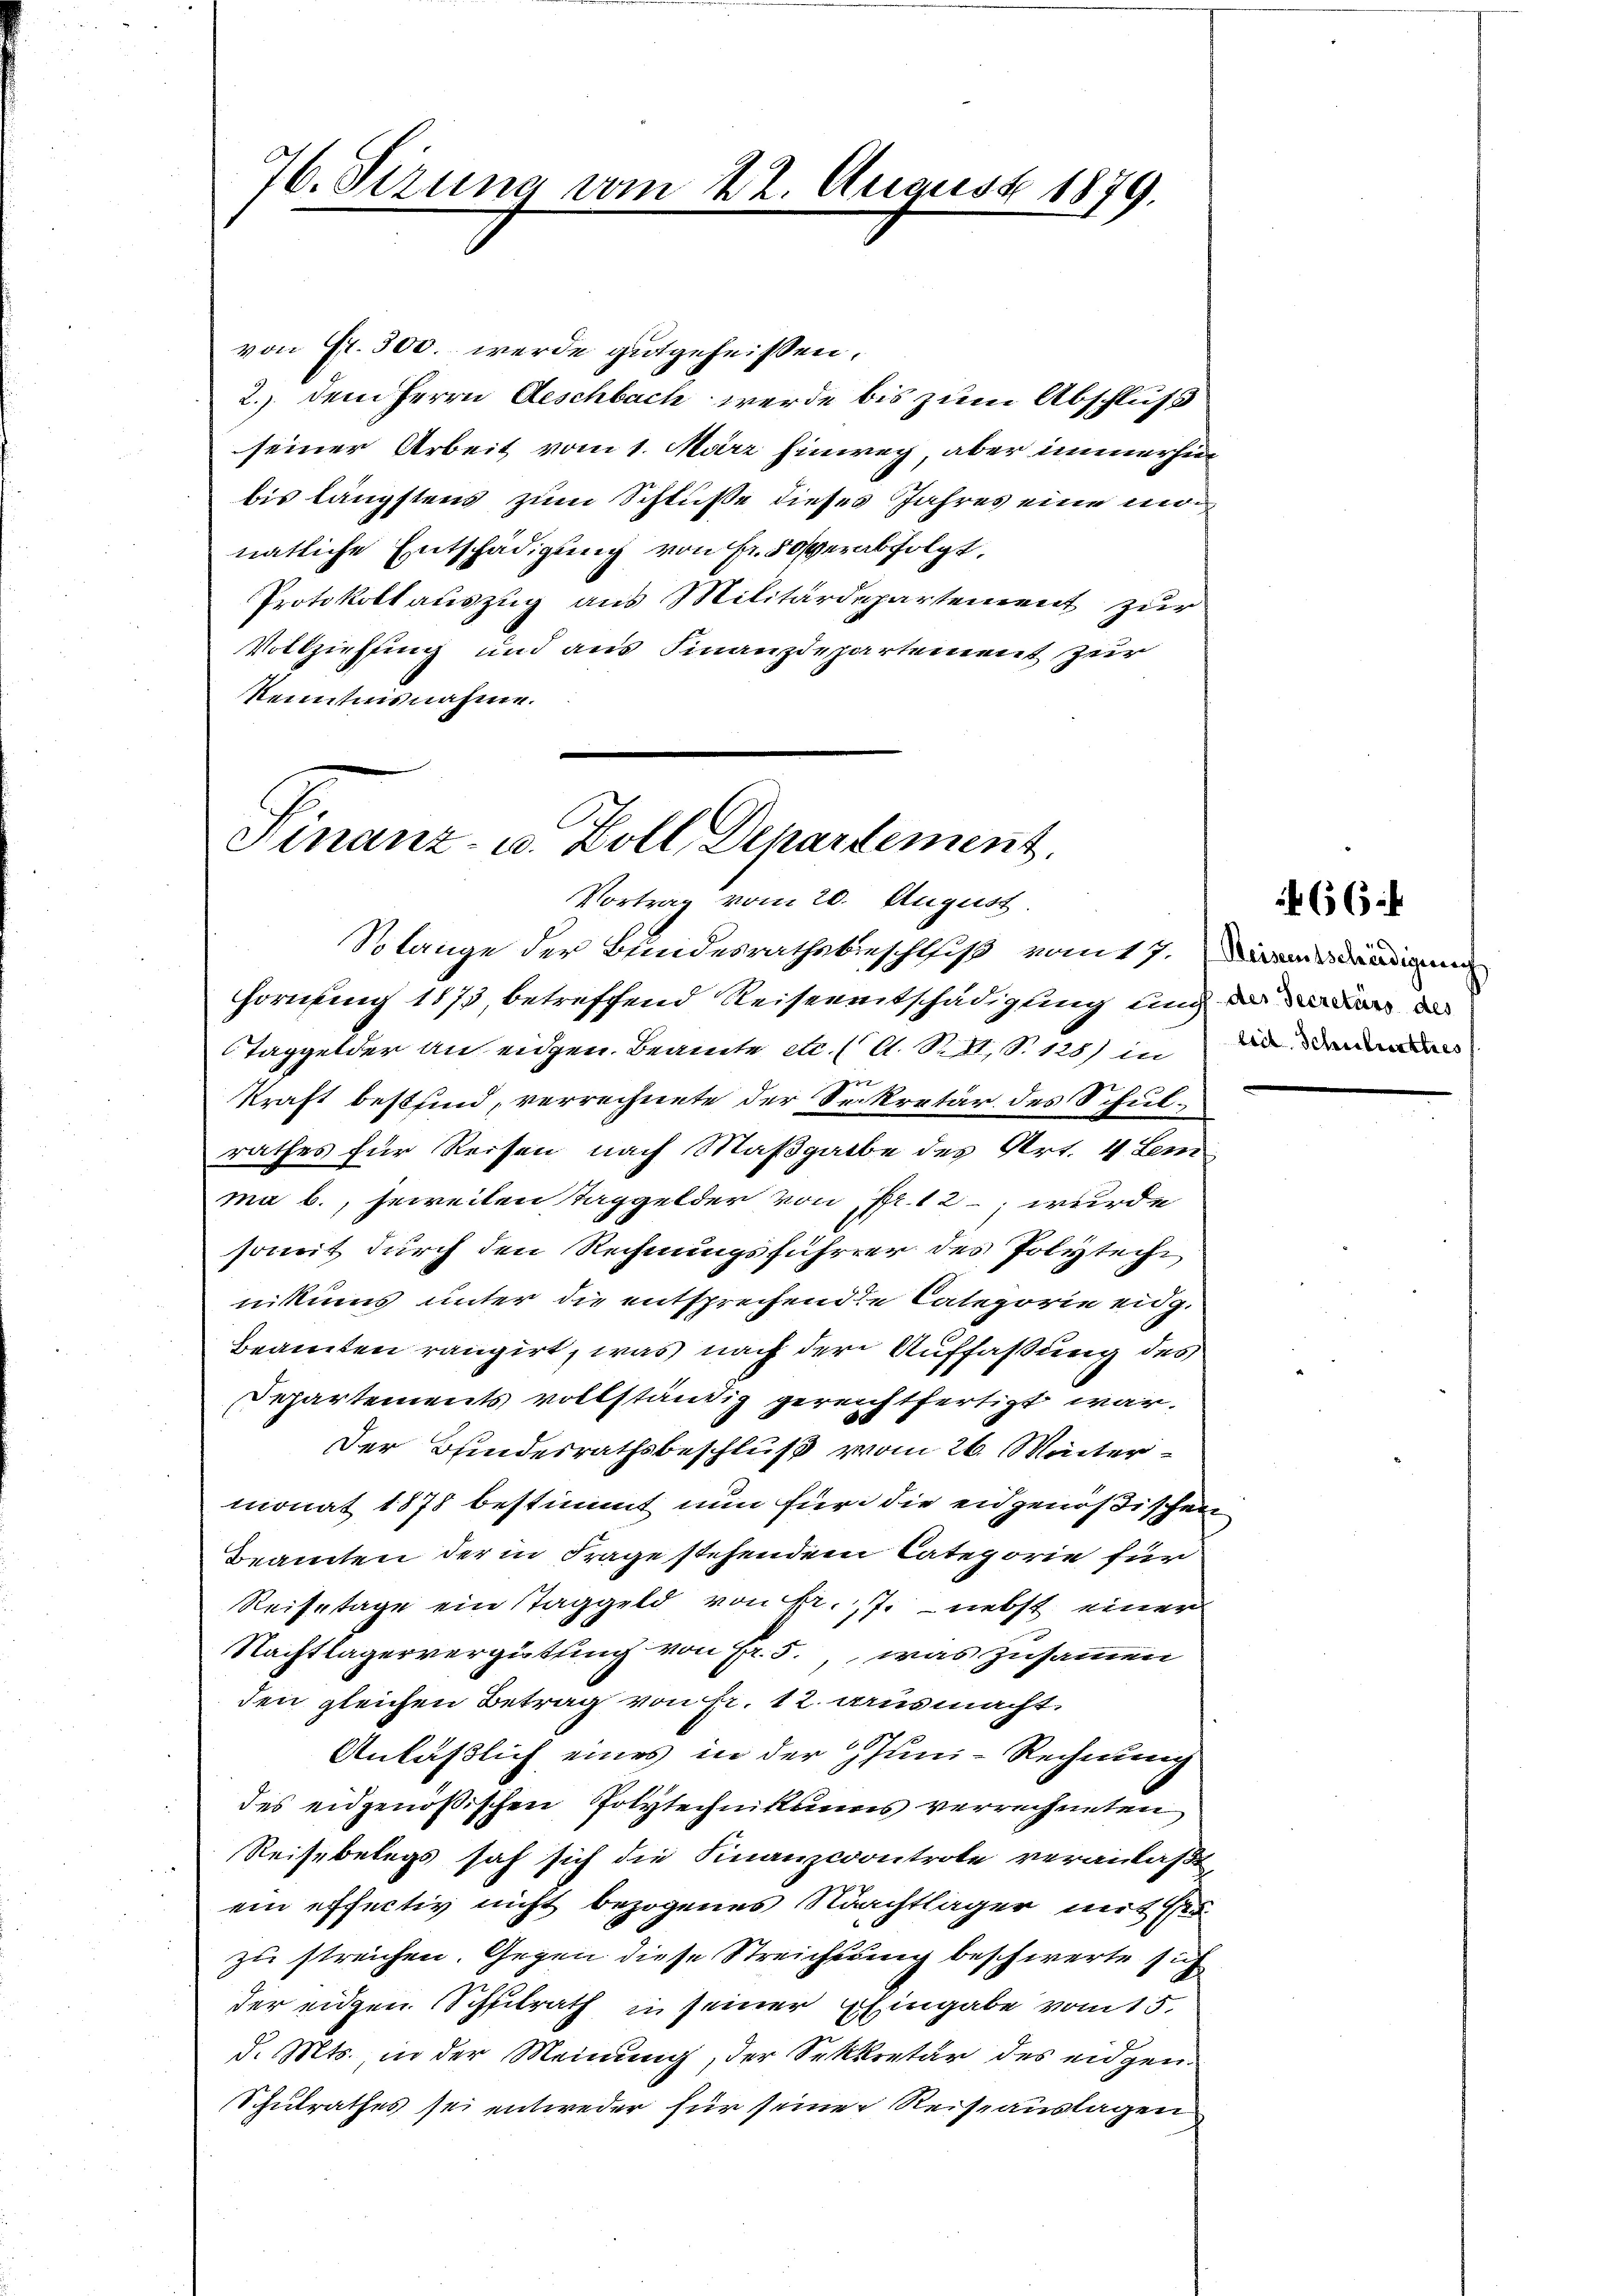
von Fr. 300. werde gutgeheissen.
2.) dem Herrn Aeschbach werde bis zum Abschluß
seiner Arbeit vom 1. März hinweg, aber immerhie
bis längstens zum Schluße dieses Jahres eine un
natliche Entschädigung von Fr. 50 verabfolgt.
Protokollauszug aus Militärdepartement zur
Vollziehung und aus Finanzdepartement zur
Kenntnisnahme.

76. Sizung vom 22. August 1879.

Finanz- u. Zoll Departement.
Vortrag vom 20. August.

Solange der Bundesrathsbeschluß vom 17. Dadigun
Hornung 1873, betreffend Reiseentschädigung und d
Taggelder an eidgen. Beamte etc. (A. R., S. 128) in die der
kraft best sind, verrechnete der Sekretär des Schulrathes für Reisen nach Maßgabe des Art. 4 Lemma b., jeweiten Taggelder von Fr. 12; wurde
somit durch den Rechnungsführer des Polyteche
nikums unter die entsprechende Categorie eidg.
Beamten rangirt, was nach der Auffaßung des
Separtements vollständig gereichtfertigt war.
Der Bundesrathsbeschluß vom 26. Weiter
monat 1878 bestimmt nun für die eidgenößischen
Beamten der in Frage stehendem Categorie für
Reisetage ein Taggeld von Fr. 7. nebst einer
Nachtlagervergütung von Fr. 5., was zusammen
den gleichen Betrag von Fr. 12. ausmacht
Anläßlich eines in der Juni-Rechnung
des eidgenössischen Polytechnikums verrechneten
Reisebelegs sah sich die Finanzcontrote veranlaßt,
ein effectiv nicht bezogenes Nachtlager mit Er
zu streichen. Gegen diese Streichtung beschwerte sich
der eidgen. Schulrath in seiner hingabe vom 15.
d. Mts., in der Meinung, der Sekkretär des eidgen
Schulrathes sei entweder für seiner Reiseauslagen

466.